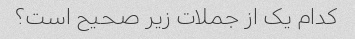
کدام یک از جملات زیر صحیح است؟